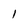
Character: 1